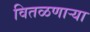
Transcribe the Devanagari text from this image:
वितळणार्‍या